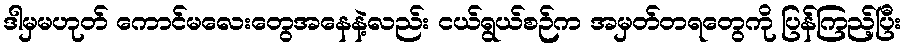
ဒါမှမဟုတ် ကောင်မလေးတွေအနေနဲ့လည်း ငယ်ရွယ်စဉ်က အမှတ်တရတွေကို ပြန်ကြည့်ပြီး